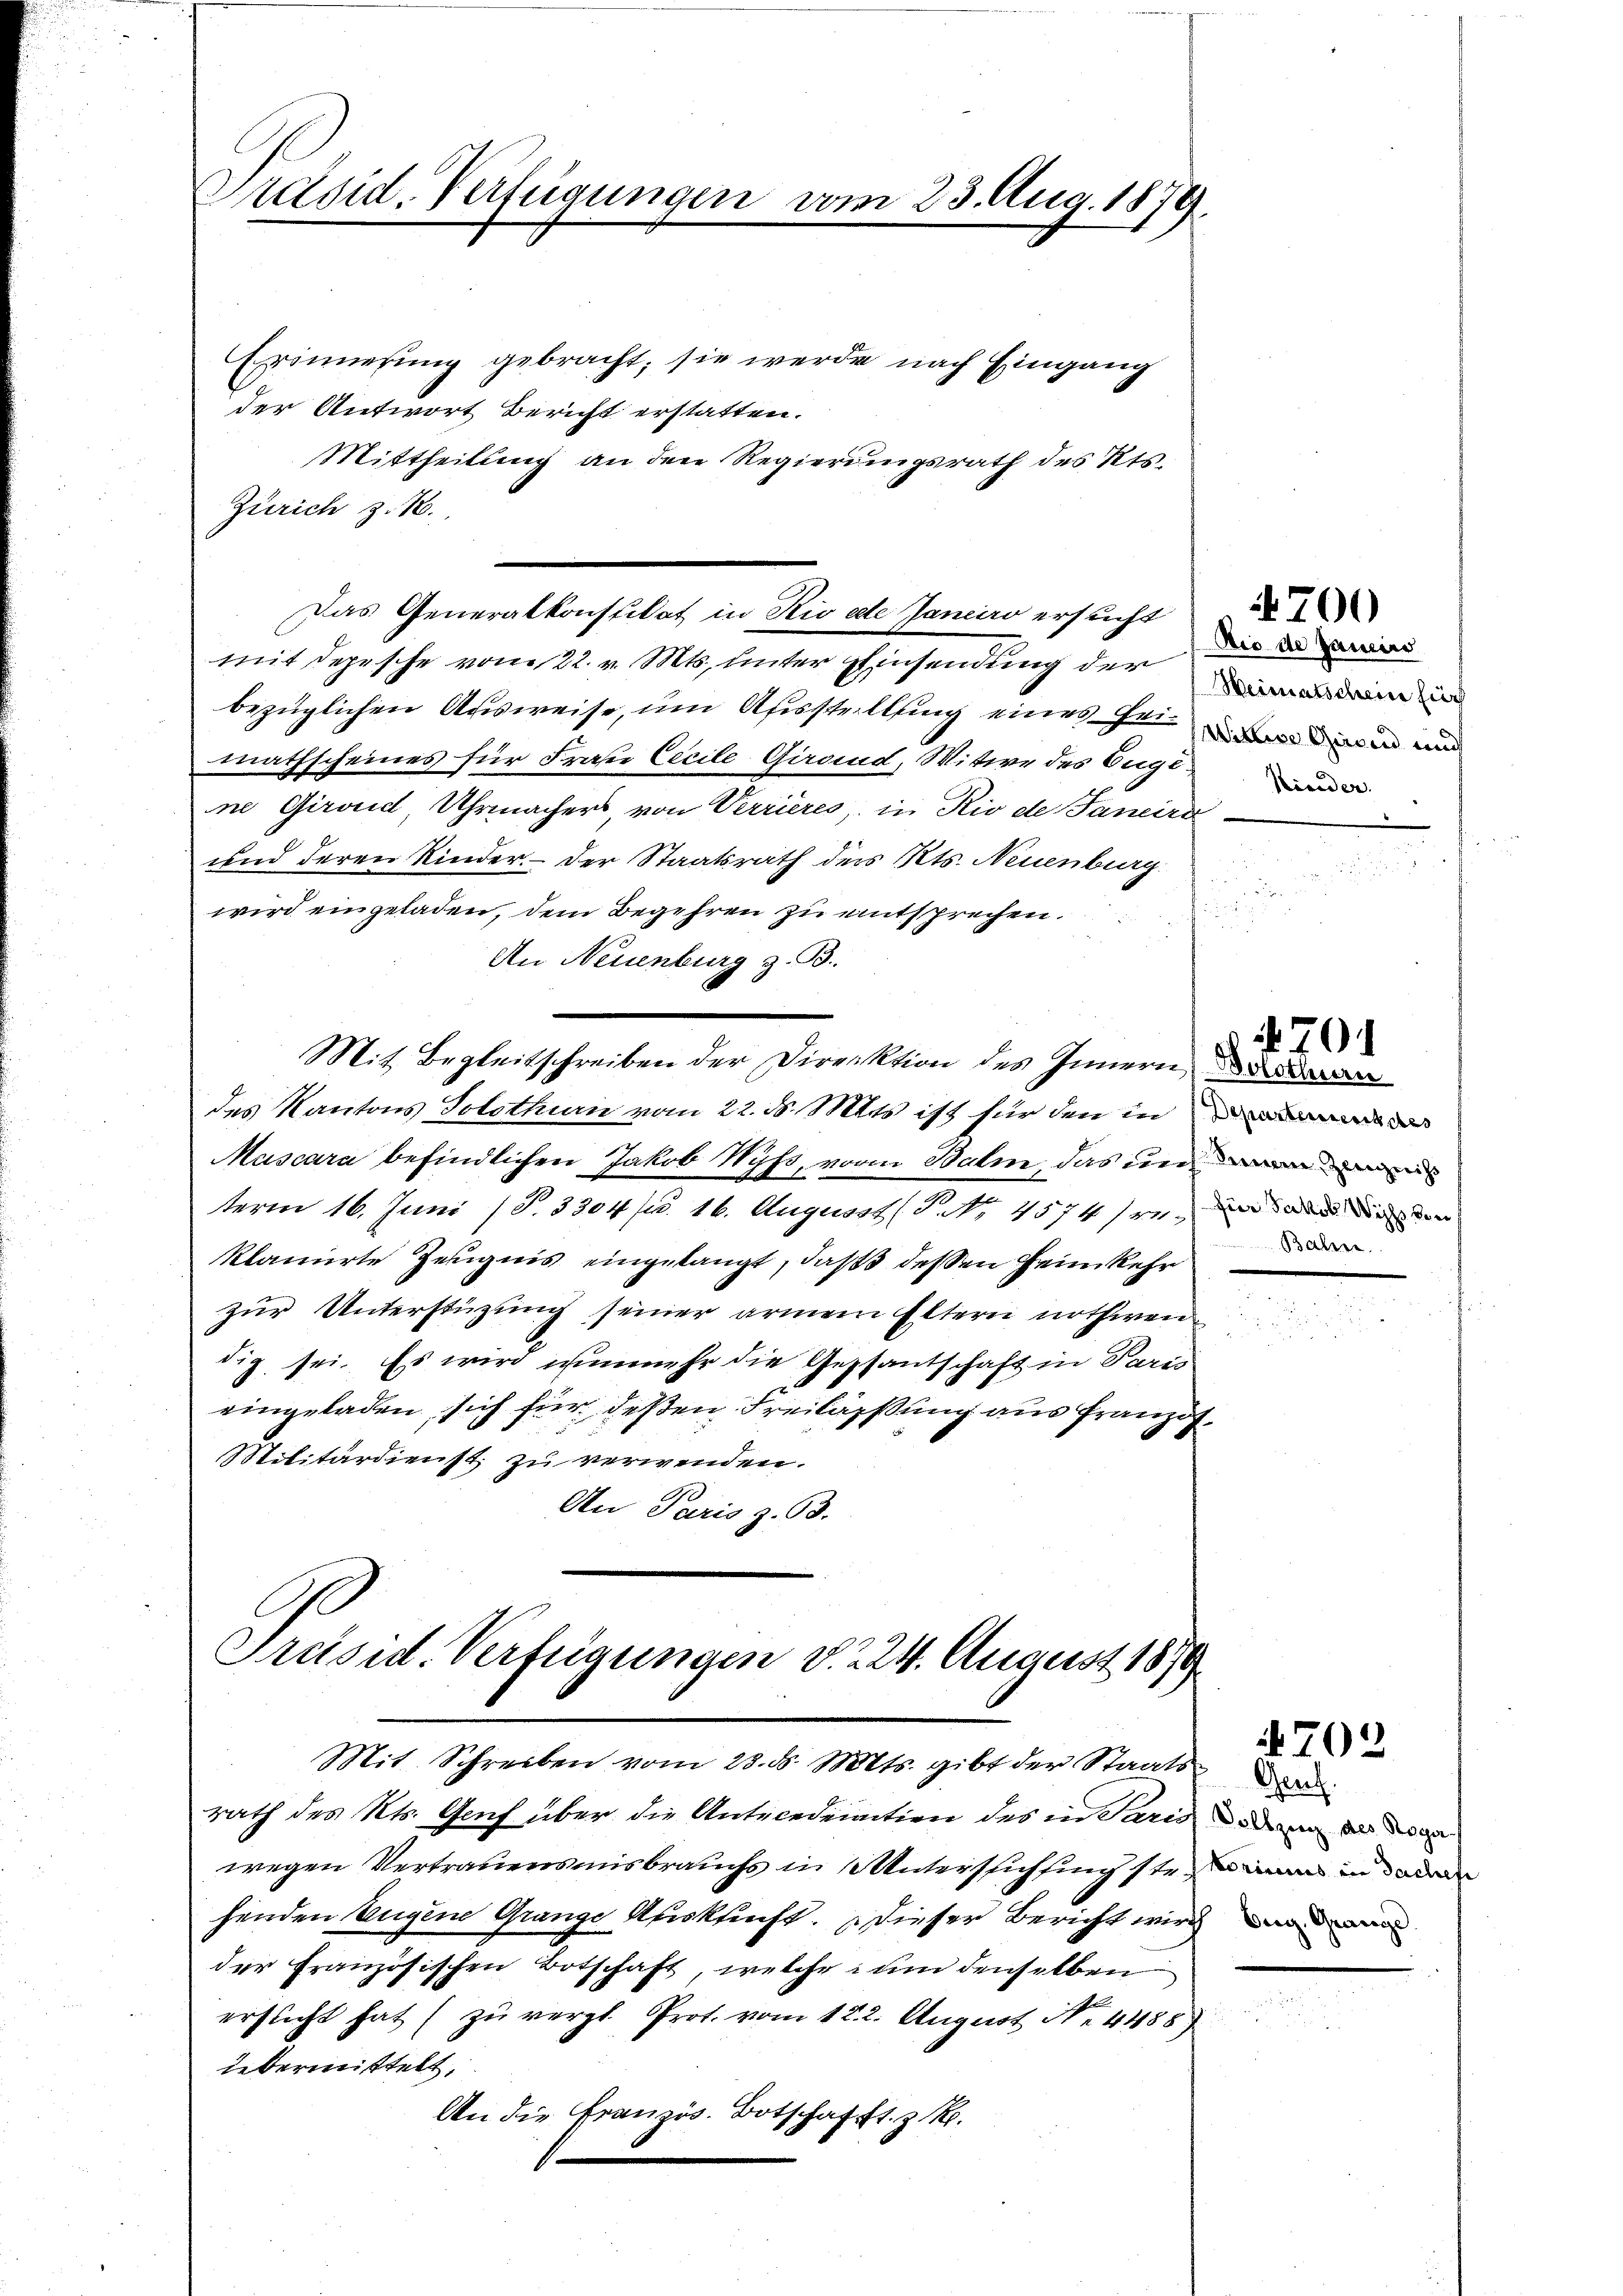
Präsid. Verfügungen

Erinnerung gebracht; sie werde nach Eingang
der Antwort Bericht erstatten.
Mittheilung an den Regierungsrath des Kts.
Zürich z. B.
bezüglichen Ausweise, um Ausstellung eines Hei- und und
mathscheines für Fraser Cecile Girocud, Witwe des Euge
ne Giroud, Uhrmachers, von Verrieres, in Rio de Janeira
und deren Kinder. - Der Staatsrath ders Kts. Neuenburg
.
wird eingeladen, dem Begehren zu entsprechen.
.
An Neuenburg z. B.
Mit Begleitschreiben der Direktion des Innern, da
des Kantons Solothurn vom 22. ds. Mts. ist für den in
ascara befindlichen Jakob Wyss, von Balm, das un
term 16. Juni (S. 3304 f. 16. Augusst (S. Nr. 4574 reden
klamirte Zeugnis eingelangt, daß dessen Heimkehr
zur Unterstüzung seiner armen Eltern nothwendig sei. Es wird nunmehr die Gestantschaft in Paris
eingeladen sich für deßen Freilassung aus Franzos
Militärdienst, zu verwenden.
An Paris z. 93.

vom 23. Aug. 1879.

Präsid. Verfügungen d. 24. August 1879
Mit Schreiben vom 23. ds. Mts. gibt der Staats¬

Das Generalkonstitat in Rio erte Janeiro ersucht
mit Depesche vom 22. v. Mts., unter Einsendung der die

rath des Kts. Genf über die Antecederation des in Paris
wegen Vertrauensmisbrauchs in Unterschfing str. in a
henden Eugene Grange Auskunft. Dieser Bericht wird der da
der Französischen Botschaft, welche um denselben
erflicht hat (zu vergl. Prot. vom 12. 2. August N. 4488)
iebermittelt,
An die Französ. Botschafft. z. R.

Dio de Janis
Kinder.

700

Balen.

701

Gent.
Vollzung des Sogar

702